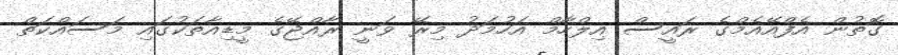
ގޮތުން އެފްއޭއެމްގެ ރައީސް އިލްހާމް އަހުމަދު މިރޭ ވަނީ ރާއްޖޭގެ މީޑިއާތަކުގައި މަސައްކަތް